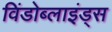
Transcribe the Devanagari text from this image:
विंडोब्लाइंड्स